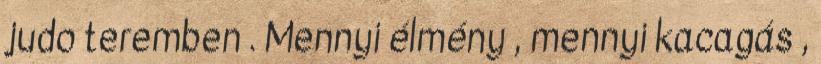
judo teremben . Mennyi élmény , mennyi kacagás ,